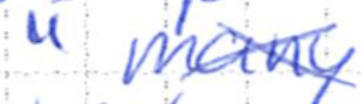
Text: "many
Cross-out: cross
Writing tool: ballpoint